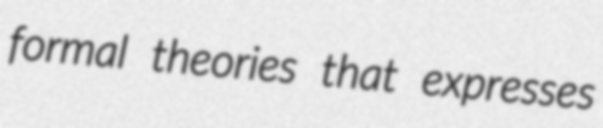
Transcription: formal theories that expresses